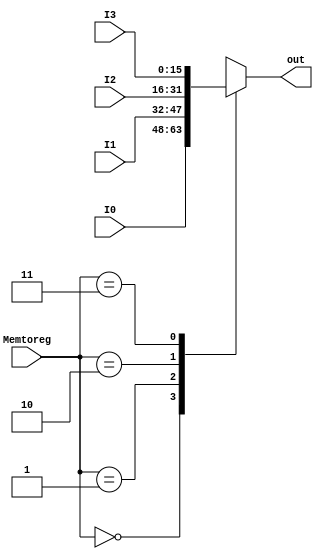
`timescale 1ns/1ns
module MUX3(input [15:0] I0,I1,I2,I3 ,input [1:0] Memtoreg , output reg [15:0] out);

always@(I0,I1,I2,I3,Memtoreg) begin
	case(Memtoreg)
		2'b00: out <= I0;
		2'b01: out <= I1;
		2'b10: out <= I2;
		2'b11: out <= I3;
	endcase
end
endmodule